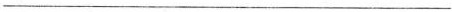
___